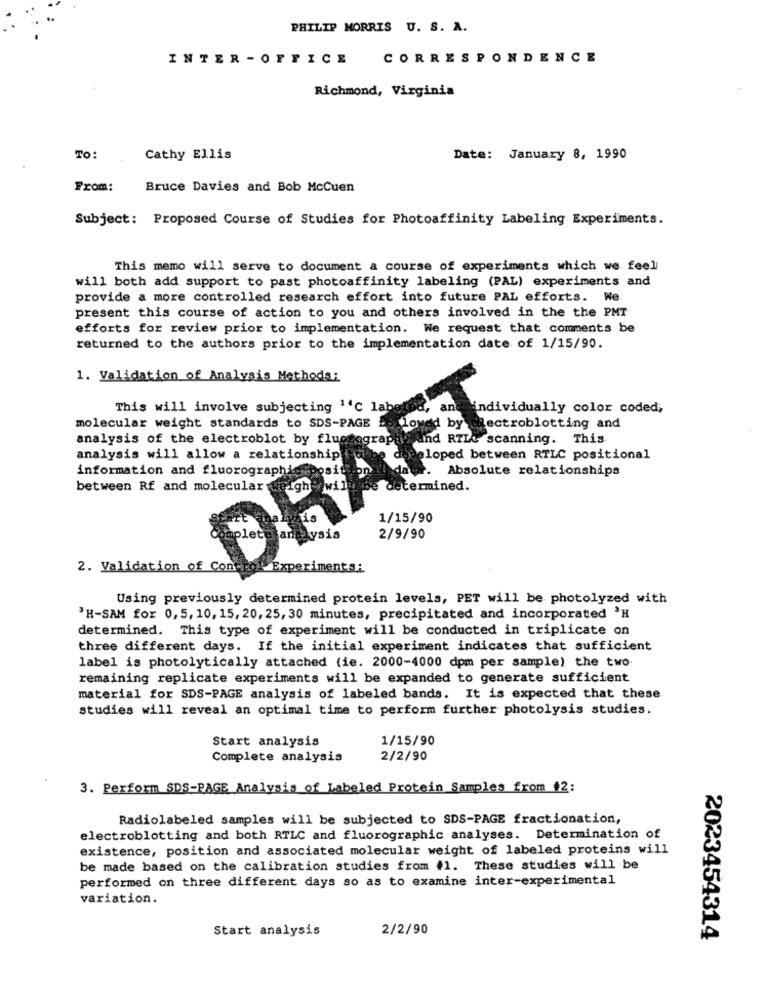
PHILIP MORRIS U. S. A.
INTER - OFFICE
CORRESPONDENCE
Richmond, Virginia
TO:
Cathy Ellis
Date: January 8, 1990
From:
Bruce Davies and Bob McCuen
Subject: Proposed Course of Studies for Photoaffinity Labeling Experiments.
This memo will serve to document a course of experiments which we feel
will both add support to past photoaffinity labeling (PAL) experiments and
provide a more controlled research effort into future PAL efforts. We
present this course of action to you and others involved in the the PMT
efforts for review prior to implementation. We request that comments be
returned to the authors prior to the implementation date of 1/15/90.
1. Validation of Analysis Methods:
This will involve subjecting 14℃ labolsa,
individually color coded;
molecular weight standards to SDS-PAGE
lectroblotting and
analysis of the electroblot by flug
und RILL scanning. This
analysis will allow a relationship
beloped between RTLC positional
information and fluorographi
. Absolute relationships
between Rf and molecular
termined.
1/15/90
Aysia
2/9/90
2. Validation of Com Pol
Experiments :
Using previously determined protein levels, PET will be photolyzed with
*H-SAM for 0,5, 10, 15, 20, 25, 30 minutes, precipitated and incorporated 'H
determined. This type of experiment will be conducted in triplicate on
three different days. If the initial experiment indicates that sufficient
label is photolytically attached (ie. 2000-4000 dpm per sample) the two-
remaining replicate experiments will be expanded to generate sufficient
material for SDS-PAGE analysis of labeled bands. It is expected that these
studies will reveal an optimal time to perform further photolysis studies.
Start analysis
1/15/90
Complete analysis
2/2/90
3. Perform SDS-PAGE Analysis of Labeled Protein Samples from 12:
Radiolabeled samples will be subjected to SDS-PAGE fractionation,
electroblotting and both RTLC and fluorographic analyses. Determination of
existence, position and associated molecular weight of labeled proteins will
be made based on the calibration studies from #1. These studies will be
performed on three different days so as to examine inter-experimental
variation.
Start analysis
2/2/90
2023454314